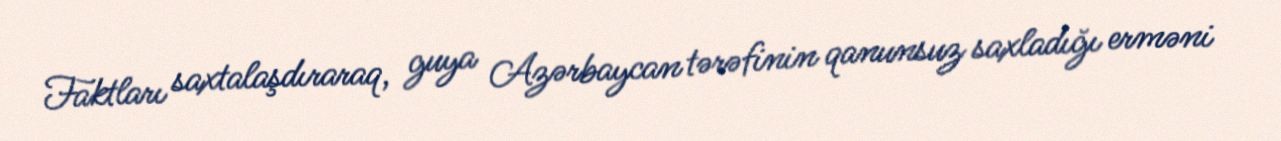
Faktları saxtalaşdıraraq, guya Azərbaycan tərəfinin qanunsuz saxladığı erməni